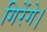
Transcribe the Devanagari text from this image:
गिरेंगे।